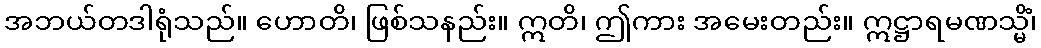
အဘယ်တဒါရုံသည်။ ဟောတိ၊ ဖြစ်သနည်း။ ဣတိ၊ ဤကား အမေးတည်း။ ဣဋ္ဌာရမဏသ္မိံ၊